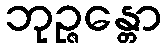
ဘုဉ္ဇန္တော